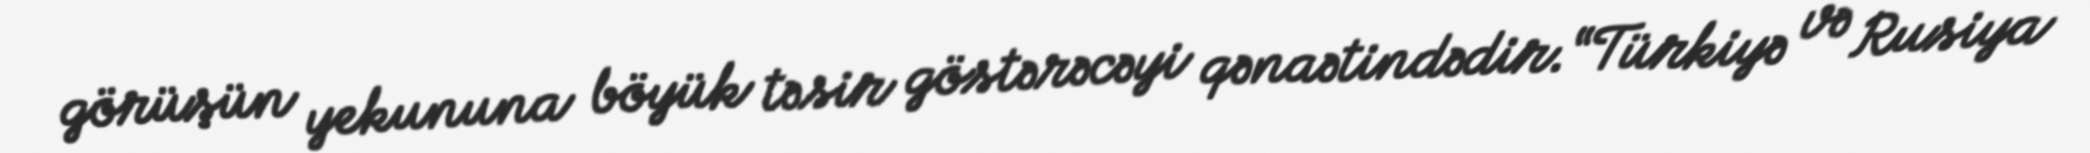
görüşün yekununa böyük təsir göstərəcəyi qənaətindədir.“Türkiyə və Rusiya